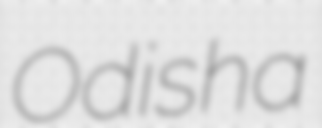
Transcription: Odisha